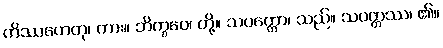
ကိဿဟေတု၊ ကား။ ဘိက္ခဝေ၊ တို့။ သပတ္တော၊ သည်။ သပတ္တဿ၊ ၏။